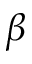
\beta